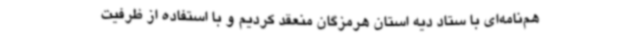
هم‌نامه‌ای با ستاد دیه استان هرمزگان منعقد کردیم و با استفاده از ظرفیت